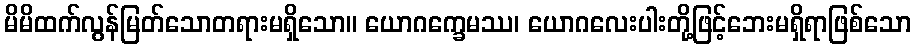
မိမိထက်လွန်မြတ်သောတရားမရှိသော။ ယောဂက္ခေမဿ၊ ယောဂလေးပါးတို့ဖြင့်ဘေးမရှိရာဖြစ်သော